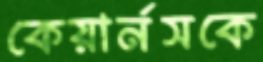
কেয়ার্নসকে